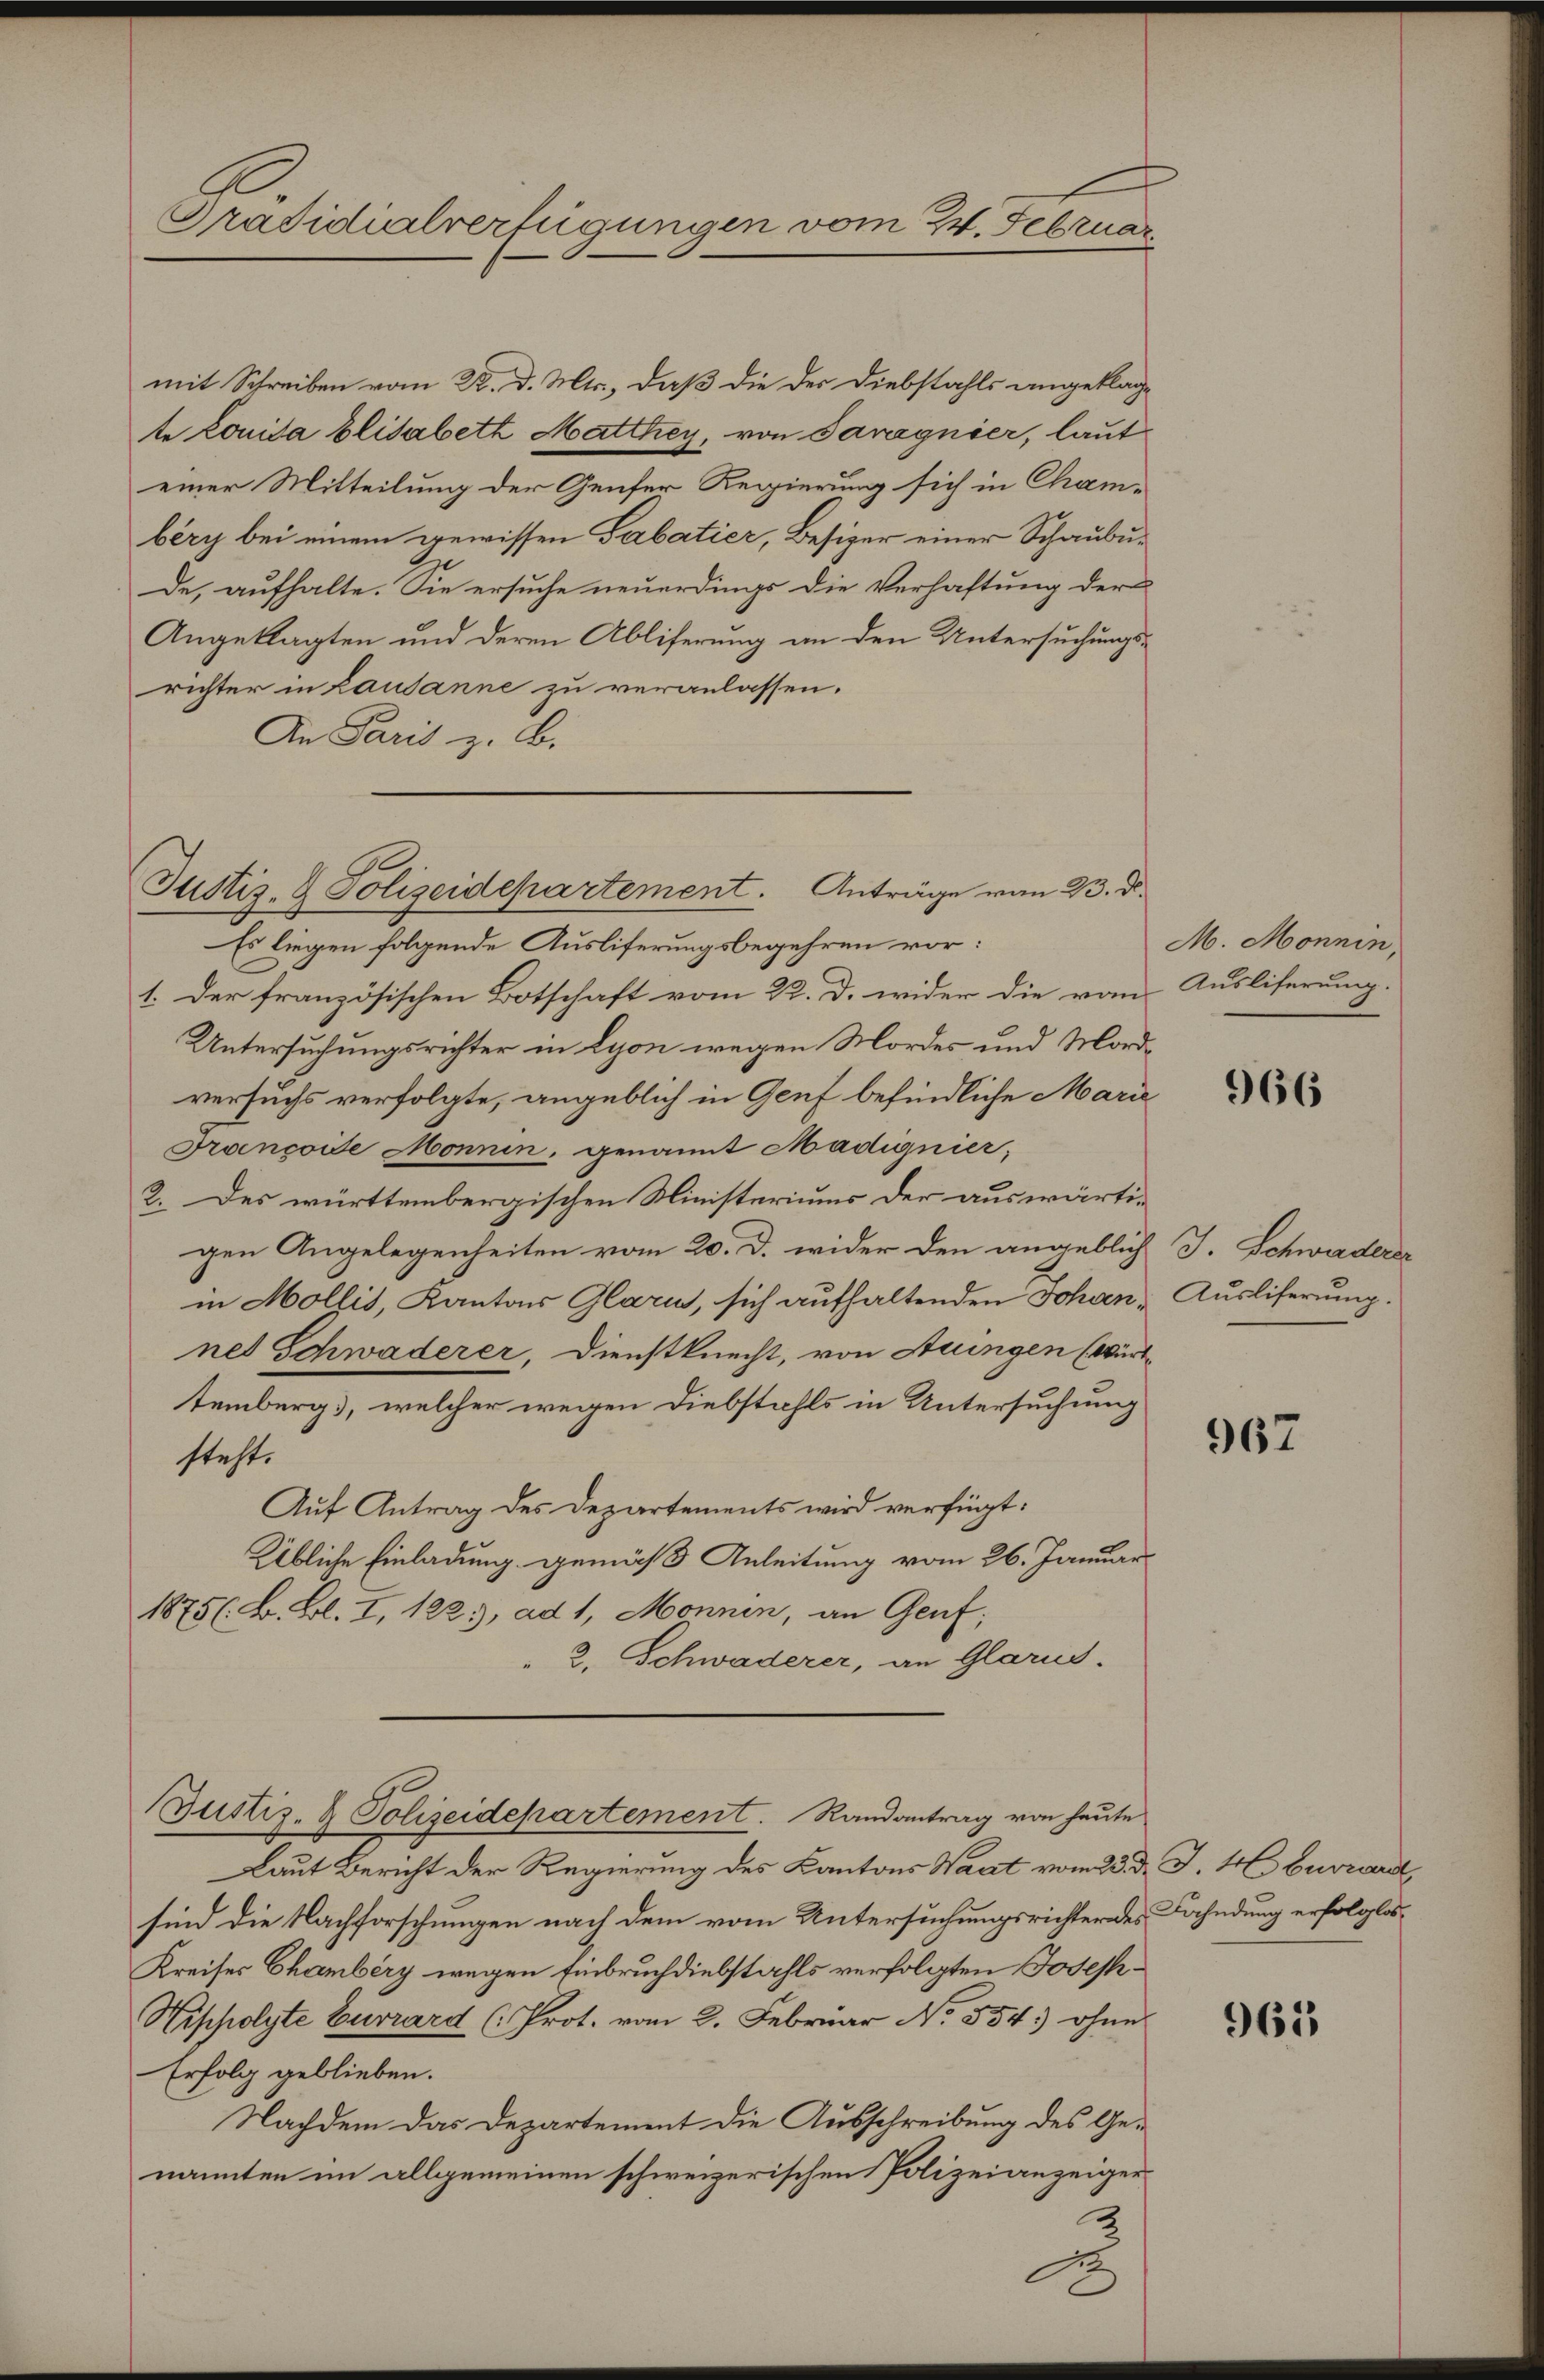
Präsidialverfügungen vom 24. Februar

mit Schreiben vom 22. d. Mts., daß die der Diebstahls angeklage
te Louisa Elisabeth Matthey, von Paragnier, laut
einer Mitteilung der Genfer Regierung sich in Chambery bei einem gewissen Gabatier, Besizer einer Schaubude, aufhalte. Sie ersuche neuerdings die Verhaftung der
Angeklagten und deren Abliferung an den Untersuchungsrichter in Lausanne zu veranlassen.
An Paris z. B.
1. Der französischen Botschaft vom 22. d. wider die von
Untersuchungsrichter in Lyon wegen Mordes und Mordversuchs verfolgte, angeblich in Genf befindliche Marie
Françoise Monnin, genannt Madignier,
2. Des württembergischen Ministeriums der auswärtigen Angelegenheiten vom 20. d. wider den angeblich J. Schwaderer
in Mollis, Kantons Glarus, sich aufhaltenden Johan Ausliferung.
net Schwaderer, Dienstknecht, von Auingen (Württemberg, welcher wegen Diebstahls in Untersuchung
steht.
Auf Antrag des Departements wird verfügt:
Übliche Einladung gemäß Anleitung vom 26. Januar
1875. B. Bl. I, 122, ad 1, Monnin, an Genf;
2. Schwaderer, an Glarus.

Justiz- & Polizeidepartement. Anträge vom 23. d.
Es liegen folgende Ausliferungsbegehren vor:

Bustiz- & Polizeidepartement. Randantrag von heute

Laut Bericht der Regierung des Kantons Waat vom 23. d. J. 4. buvwardt
sind die Nachforschungen nach dem vom Untersuchungsrichter des Fahndung erfolglos¬
Kreises Chamberg wegen Einbruch diebstahls verfolgten Jodes¬
Hisholzte Eurrard (Prot. vom 2. Februar No. 554. ohne
Erfolg geblieben.
Nachdem das Departement die Ausschreibung des Genannten im allgemeinen schweizerischen Polizeianzeiger
2
A

M. Monnin
Ausliferung.

966

967

961